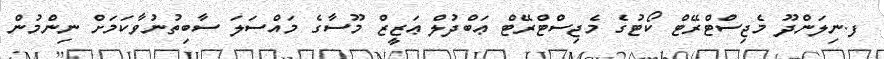
ފ.ނިލަންދޫ މެޖިސްޓްރޭޓް ކޯޓުގެ މެޖިސްޓްރޭޓް ޢަބްދުލް ޢަޒީޒް މޫސާގެ މައްސަލަ ސާބިތުނުވާކަމަށް ނިންމުން